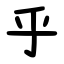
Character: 乎